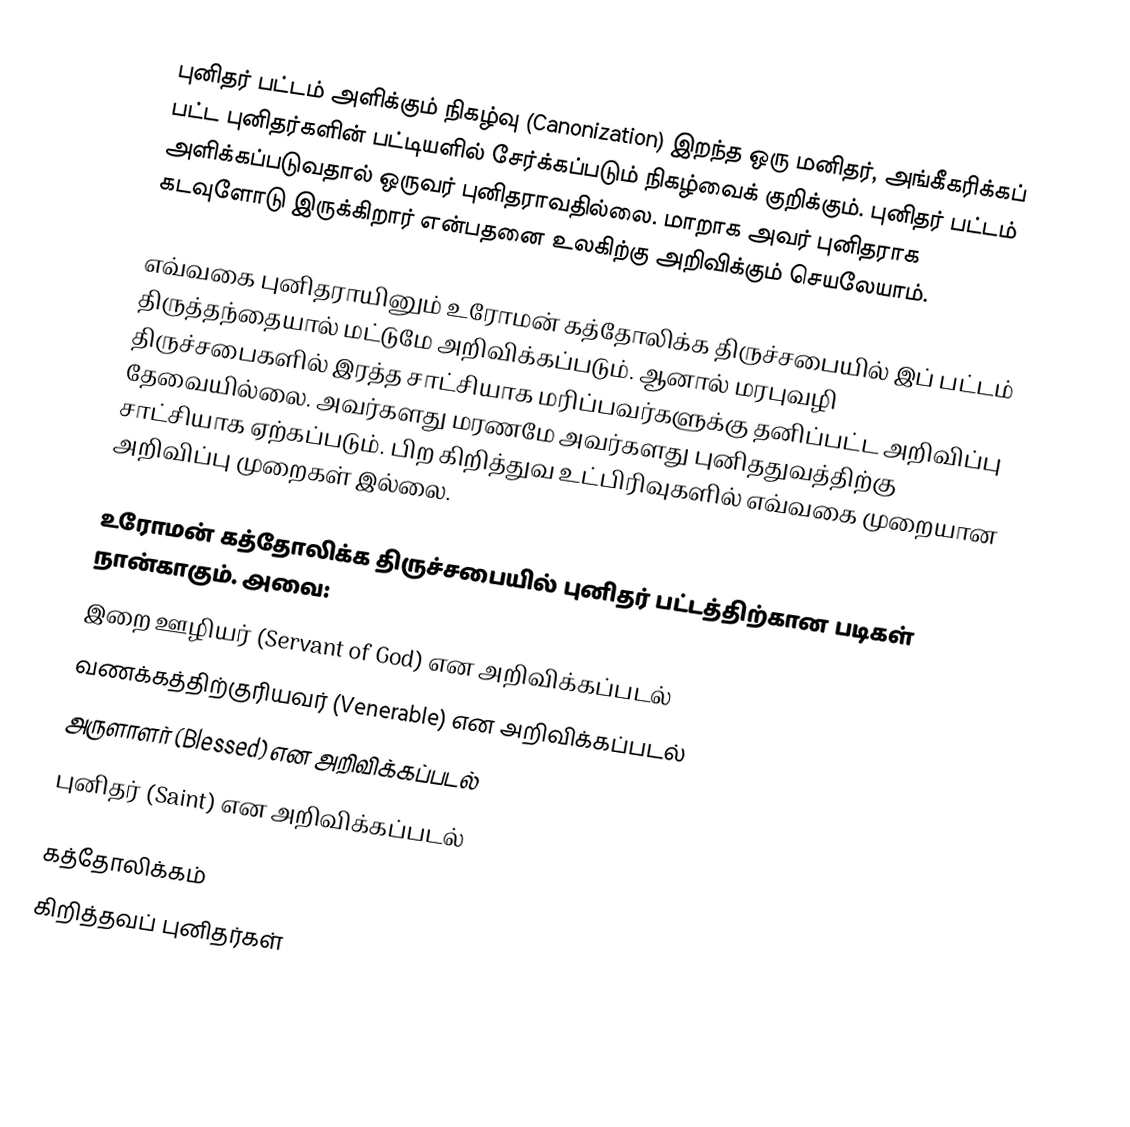
புனிதர் பட்டம் அளிக்கும் நிகழ்வு (Canonization) இறந்த ஒரு மனிதர், அங்கீகரிக்கப் பட்ட புனிதர்களின் பட்டியளில் சேர்க்கப்படும் நிகழ்வைக் குறிக்கும். புனிதர் பட்டம் அளிக்கப்படுவதால் ஒருவர் புனிதராவதில்லை. மாறாக அவர் புனிதராக கடவுளோடு இருக்கிறார் என்பதனை உலகிற்கு அறிவிக்கும் செயலேயாம்.

எவ்வகை புனிதராயினும் உரோமன் கத்தோலிக்க திருச்சபையில் இப் பட்டம் திருத்தந்தையால் மட்டுமே அறிவிக்கப்படும். ஆனால் மரபுவழி திருச்சபைகளில் இரத்த சாட்சியாக மரிப்பவர்களுக்கு தனிப்பட்ட அறிவிப்பு தேவையில்லை. அவர்களது மரணமே அவர்களது புனிததுவத்திற்கு சாட்சியாக ஏற்கப்படும். பிற கிறித்துவ உட்பிரிவுகளில் எவ்வகை முறையான அறிவிப்பு முறைகள் இல்லை.

உரோமன் கத்தோலிக்க திருச்சபையில் புனிதர் பட்டத்திற்கான படிகள் நான்காகும். அவை:
 இறை ஊழியர் (Servant of God) என அறிவிக்கப்படல்
 வணக்கத்திற்குரியவர் (Venerable) என அறிவிக்கப்படல்
 அருளாளர் (Blessed) என அறிவிக்கப்படல்
 புனிதர் (Saint) என அறிவிக்கப்படல்

கத்தோலிக்கம்
கிறித்தவப் புனிதர்கள்